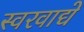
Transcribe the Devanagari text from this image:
स्वरवाद्ये